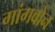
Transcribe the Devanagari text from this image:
गांगवोन